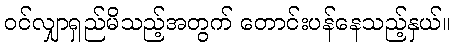
ဝင်လျှာရှည်မိသည့်အတွက် တောင်းပန်နေသည့်နှယ်။